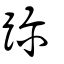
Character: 躎